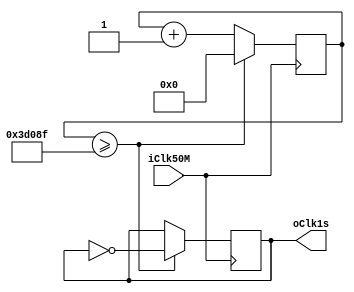
module clkdiv1s(iClk50M, oClk1s);
parameter CntValue = 50000000;
input         iClk50M;
output reg oClk1s;
reg [31:0] cnt;
always@(posedge iClk50M) begin
    if( cnt >= ((CntValue/(100*2))-1) ) begin
        oClk1s <= ~ oClk1s;
              cnt <= 0;
    end
    else begin
        oClk1s <= oClk1s;  
              cnt <= cnt +1;
    end
end
endmodule